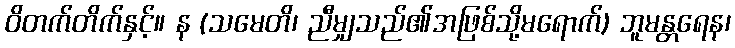
ဝိတက်တိက်နှင့်။ န (သမေတိ၊ ညီမျှသည်၏အဖြစ်သို့မရောက်) ဘူမန္တရေန၊